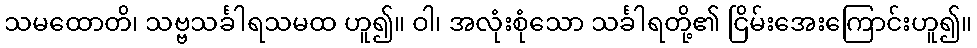
သမထောတိ၊ သဗ္ဗသင်္ခါရသမထ ဟူ၍။ ဝါ၊ အလုံးစုံသော သင်္ခါရတို့၏ ငြိမ်းအေးကြောင်းဟူ၍။